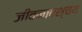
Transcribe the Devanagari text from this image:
जीवनावश्चय